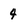
Character: 4